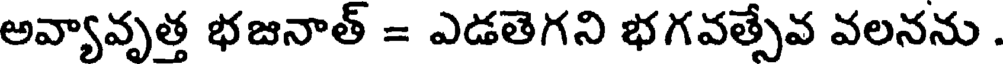
అవ్యావృత్త భజనాత్ = ఎడతెగని భగవత్సేవ వలనను .